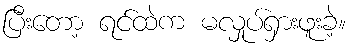
ပြီးတော့ ရင်ထဲက မလှုပ်ရှားဖူးခဲ့။